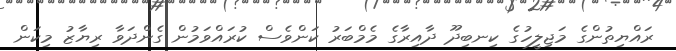
ރައްޔިތުންގެ މަޖިލީހުގެ ކިނބިދޫ ދާއިރާގެ މެމްބަރު ކަންވެސް ކުރައްވަމުން ގެންދަވާ ރިޔާޒު މިކަން